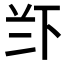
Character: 𱍖